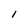
Character: l